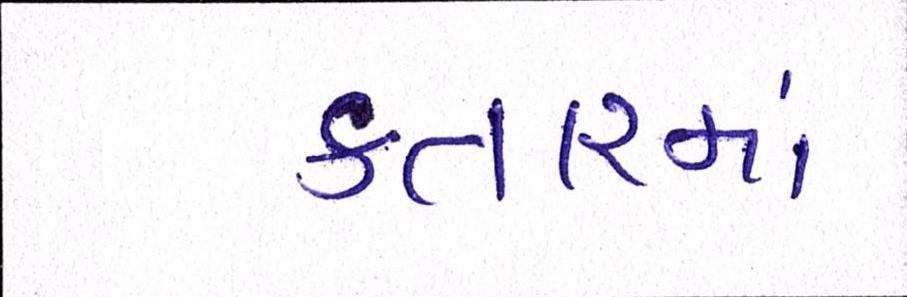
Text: કતારમાં